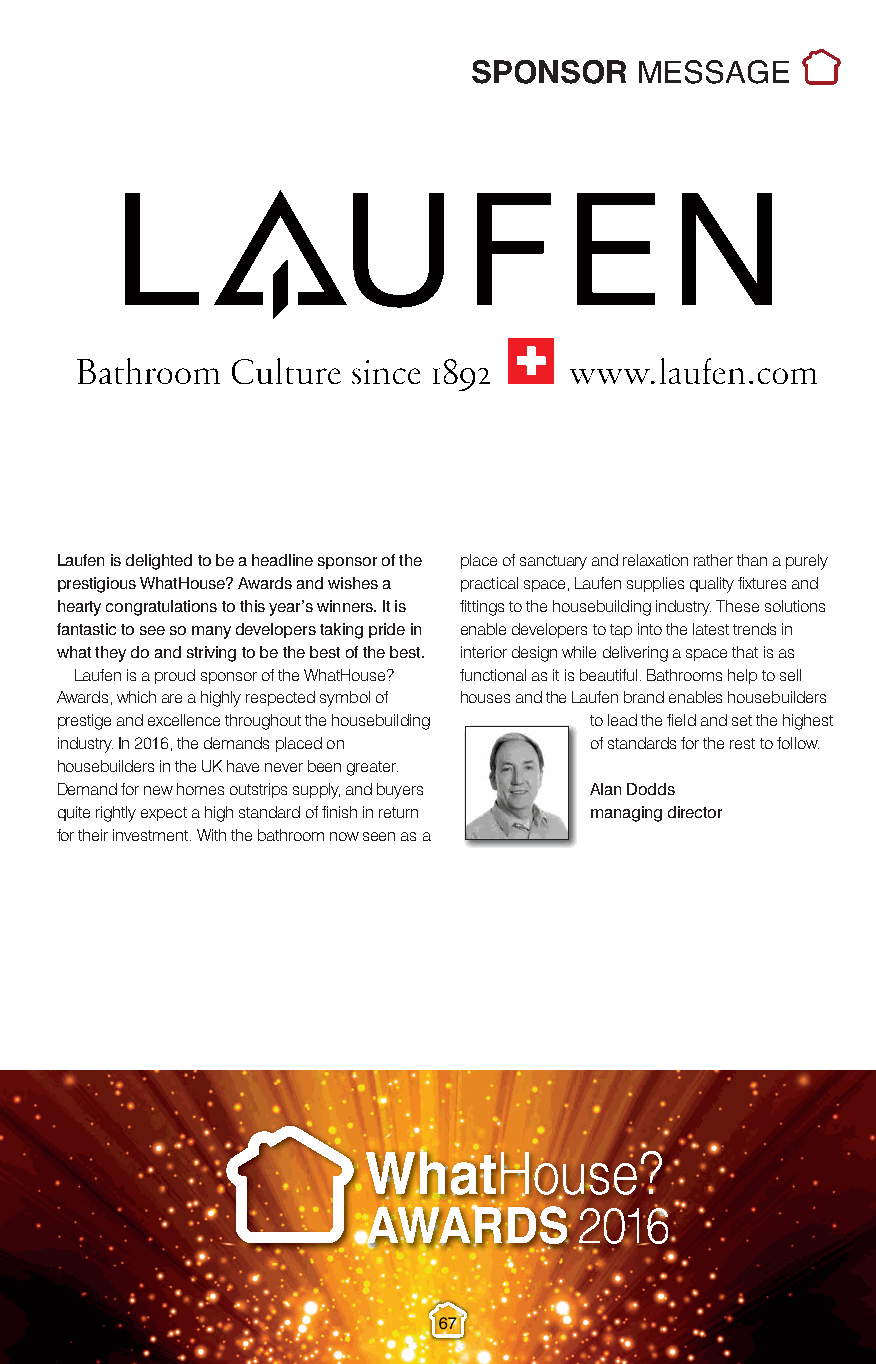
Sponsor Messages.qxp_Layout 1 10/11/2016 22:05 Page 12
 SPONSOR    MESSAGE
 Laufen is delighted to be a headline sponsor of the place of sanctuary and relaxation rather than a purely
 prestigious WhatHouse? Awards and wishes a practical space, Laufen supplies quality fixtures and
 hearty congratulations to this year’s winners. It is fittings to the housebuilding industry. These solutions
 fantastic to see so many developers taking pride in enable developers to tap into the latest trends in
 what they do and striving to be the best of the best. interior design while delivering a space that is as
 Laufen is a proud sponsor of the WhatHouse? functional as it is beautiful. Bathrooms help to sell
 Awards, which are a highly respected symbol of houses and the Laufen brand enables housebuilders
 prestige and excellence throughout the housebuilding to lead the field and set the highest
 industry. In 2016, the demands placed on of standards for the rest to follow.
 housebuilders in the UK have never been greater.
 Demand for new homes outstrips supply, and buyers Alan Dodds
 quite rightly expect a high standard of finish in return managing director
 for their investment. With the bathroom now seen as a
 67